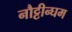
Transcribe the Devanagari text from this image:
नौट्टीन्घम